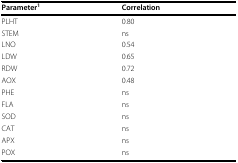
| Parameter1 | Correlation |
 | --- | --- |
 | PLHT | 0.80 |
 | STEM | ns |
 | LNO | 0.54 |
 | LDW | 0.65 |
 | RDW | 0.72 |
 | AOX | 0.48 |
 | PHE | ns |
 | FLA | ns |
 | SOD | ns |
 | CAT | ns |
 | APX | ns |
 | POX | ns |